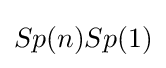
Sp(n)Sp(1)